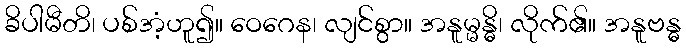
ခိပါမီတိ၊ ပစ်အံ့ဟူ၍။ ဝေဂေန၊ လျင်စွာ။ အနူမ္မန္ဓိ၊ လိုက်၏။ အနူဗန္ဓ